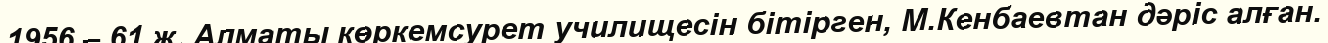
1956 – 61 ж. Алматы көркемсурет училищесін бітірген, М.Кенбаевтан дәріс алған.